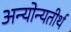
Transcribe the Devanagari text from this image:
अन्योन्यतीर्थ